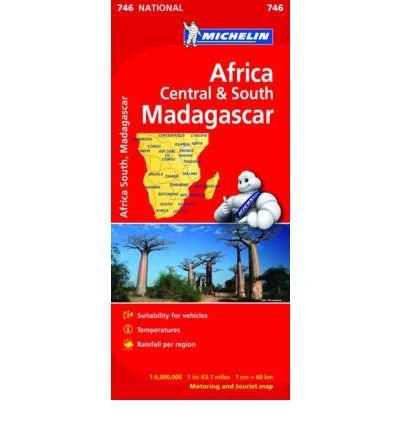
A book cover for Africa Cental & South, Madagascar (Michelin National Maps) ("Sheet map, folded") - Common; Michelin Editions Des Voyages; Travel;